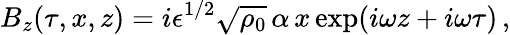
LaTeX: B_{z}(\tau,x,z)=i\epsilon^{1/2}\sqrt{\rho_{0}}\, \alpha\, x\exp(i\omega z+i\omega\tau)\, ,